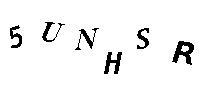
5UNHSR